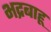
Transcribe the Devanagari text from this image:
भद्रबाहू